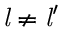
{ \mathit { l } } \neq { \mathit { l } } ^ { \prime }